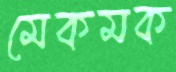
মেকমক